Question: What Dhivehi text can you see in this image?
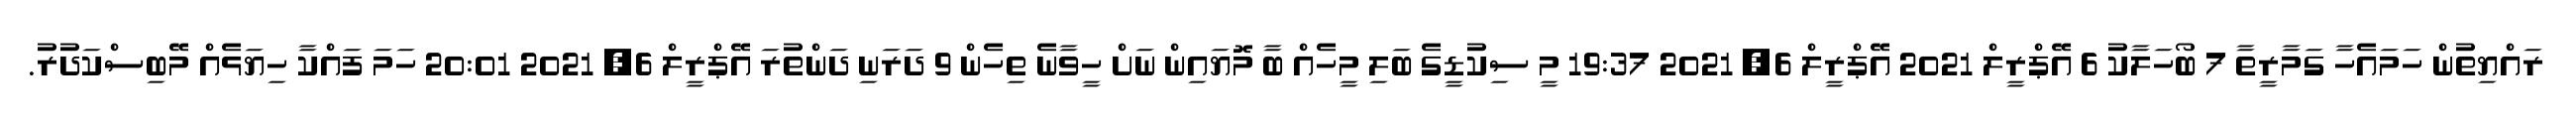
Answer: ރައްޔިތުން ހަމައެހާ ގަމާރީތާ 7 ބޯހަލާކު 6 އޭޕްރީލް 2021 އޭޕްރީލް 6, 2021 19:37 މީ ސިކުޑީގެ ބަލި މީހެއް ބާ މޮޔައިން ނަށް ހީވާނެ ތިހެން 9 ދަރަނި ދަންތުރަ އޭޕްރީލް 6, 2021 20:01 ހަމަ ފައްކާ ހިޔަޅެއް މޭބިސްކަދުރު.